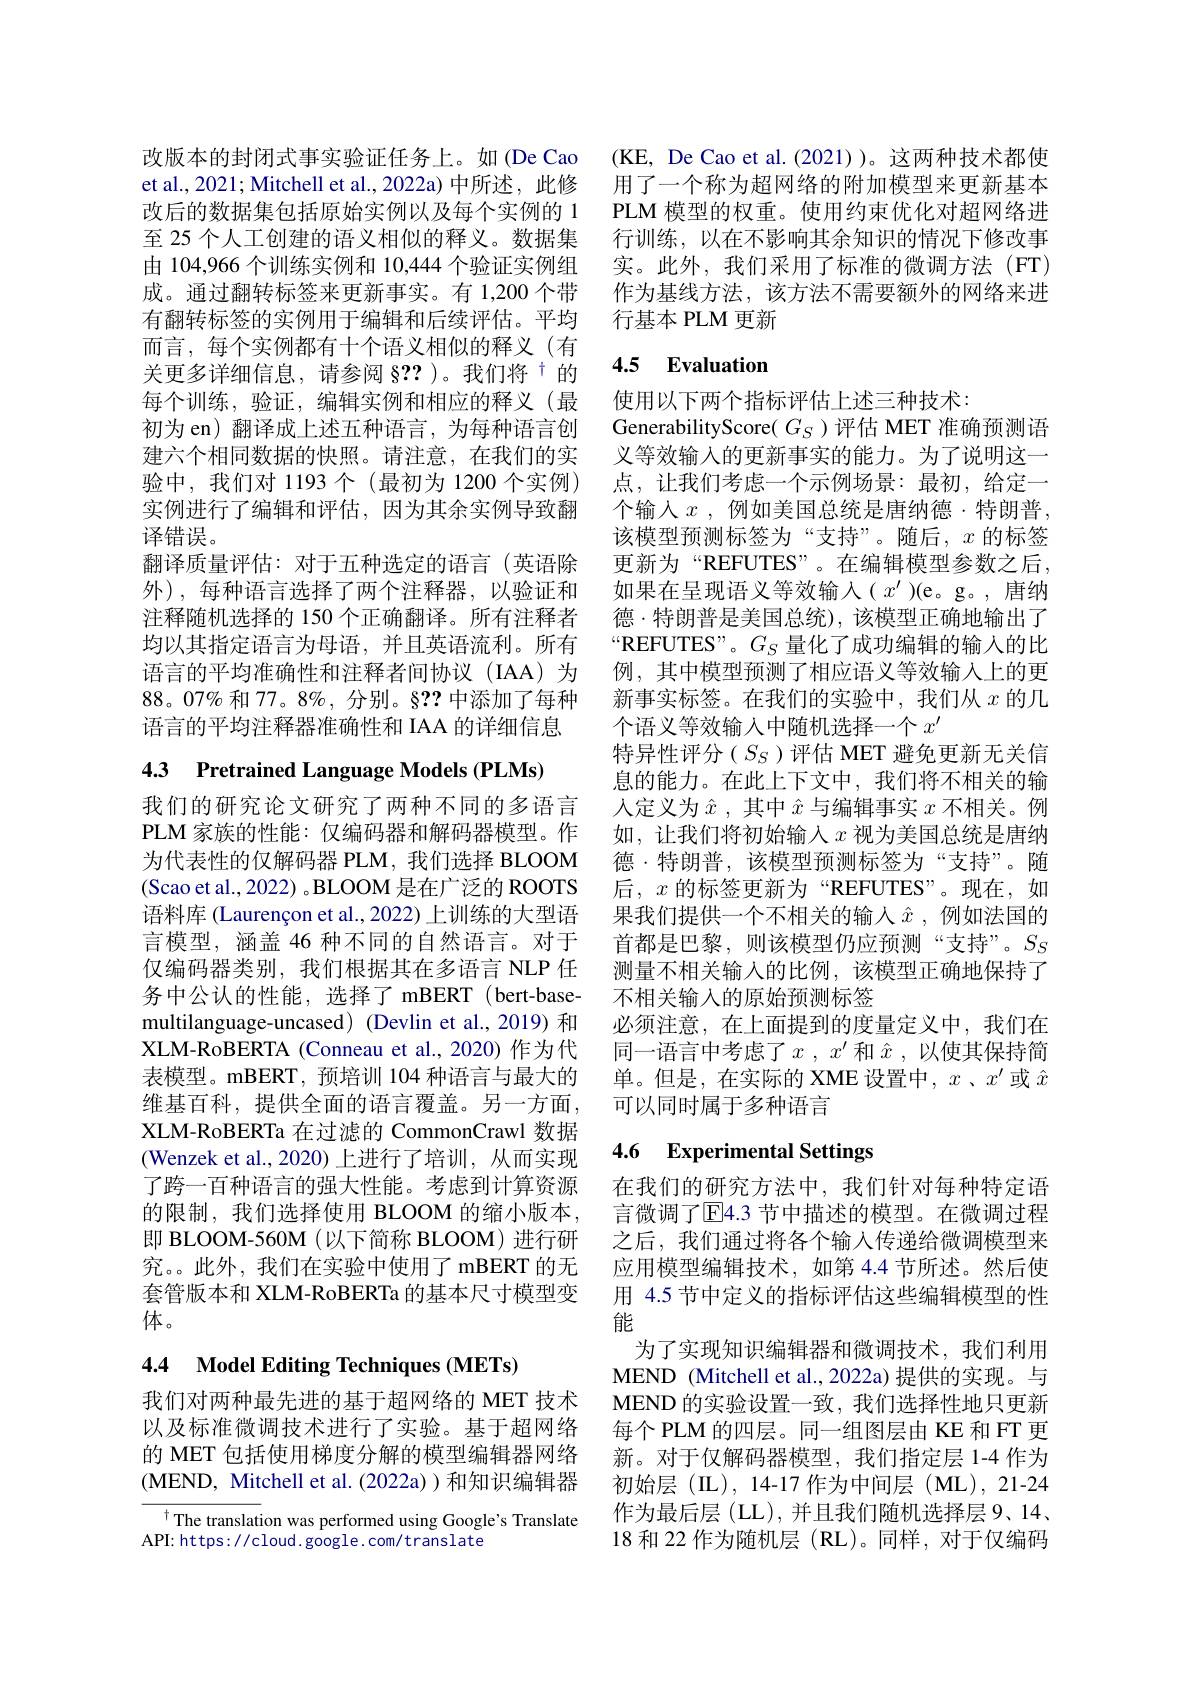
由 104,966 个训练实例和 10,444 个验证实例组成。通过翻转标签来更新事实。有 1,200 个带有翻转标签的实例用于编辑和后续评估。平均而言，每个实例都有十个语义相似的释义(有关更多详细信息，请参阅 §??)。我们将$^{\dagger}$的每个训练，验证，编辑实例和相应的释义(最初为 en) 翻译成上述五种语言，为每种语言创建六个相同数据的快照。请注意，在我们的实验中，我们对 1193个(最初为 1200 个实例) 实例进行了编辑和评估，因为其余实例导致翻译错误。
翻译质量评估：对于五种选定的语言(英语除外),每种语言选择了两个注释器，以验证和注释随机选择的 150 个正确翻译。所有注释者均以其指定语言为母语，并且英语流利。所有语言的平均准确性和注释者间协议(IAA)为$88。07\%$和 77。8%, 分别。§?? 中添加了每种语言的平均注释器准确性和 IAA 的详细信息

4.3 Pretrained Language Models (PLMs)

我们的研究论文研究了两种不同的多语言PLM 家族的性能：仅编码器和解码器模型。作为代表性的仅解码器 PLM, 我们选择 BLOOM (Scao et al., 2022) 。BLOOM 是在广泛的 ROOTS 语料库 (Laurençon et al.,2022) 上训练的大型语言模型，涵盖 46 种不同的自然语言。对于仅编码器类别，我们根据其在多语言 NLP 任务中公认的性能，选择了 mBERT(bert-base-) multilanguage-uncased) (Devlin et al.,2019) 和XLM-RoBERTA (Conneau et al., 2020) 作为代表模型。mBERT,预培训 104 种语言与最大的维基百科，提供全面的语言覆盖。另一方面， XLM-RoBERTa 在过滤的 CommonCrawl 数据(Wenzek et al., 2020) 上进行了培训，从而实现了跨一百种语言的强大性能。考虑到计算资源的限制，我们选择使用 BLOOM 的缩小版本， 即 BLOOM-560M (以下简称 BLOOM) 进行研究。。此外，我们在实验中使用了 mBERT 的无套管版本和 XLM-RoBERTa 的基本尺寸模型变体。

# 4.4 Model Editing Techniques (METs)

我们对两种最先进的基于超网络的 MET 技术以及标准微调技术进行了实验。基于超网络的 MET 包括使用梯度分解的模型编辑器网络( MEND, Mitchell et al. ( 2022a) ) 和 知 识 编 辑 器

${^{\dagger}\text{The translation was performed using Google's Translate}}$
API: https: / / cloud. google. com/ trans late

改版本的封闭式事实验证任务上。如(De Cao (KE, De Cao et al.(2021))。这两种技术都使et al., 2021; Mitchell et al., 2022a) 中所述，此修 用了一个称为超网络的附加模型来更新基本改后的数据集包括原始实例以及每个实例的 1 PLM 模型的权重。使用约束优化对超网络进至 25 个人工创建的语义相似的释义。数据集 行训练，以在不影响其余知识的情况下修改事
实。此外，我们采用了标准的微调方法(FT) 作为基线方法，该方法不需要额外的网络来进行基本 PLM 更新

## 4.5 $\textbf{Evaluation}$

使用以下两个指标评估上述三种技术：
GenerabilityScore( $G_S$ )评估 MET 准确预测语义等效输入的更新事实的能力。为了说明这一点，让我们考虑一个示例场景：最初，给定一个输入 $x$ ,例如美国总统是唐纳德·特朗普， 该模型预测标签为“支持”。随后，$x$的标签更新为“REFUTES”。在编辑模型参数之后， 如果在呈现语义等效输入( $x^{\prime}$ )(e。g。, 唐纳德·特朗普是美国总统),该模型正确地输出了“REFUTES”。$G_S$量化了成功编辑的输入的比例，其中模型预测了相应语义等效输入上的更新事实标签。在我们的实验中，我们从$x$的几个语义等效输入中随机选择一个$x^{\prime}$
特异性评分($S_S$)评估 MET 避免更新无关信息的能力。在此上下文中，我们将不相关的输人定义为$\hat{x}$ ,其中$\hat{x}$与编辑事实$x$不相关。例如，让我们将初始输入$x$ 视为美国总统是唐纳德·特朗普，该模型预测标签为“支持”。随后，$x$的标签更新为“REFUTES”。现在，如果我们提供一个不相关的输入$\hat{x}$ ,例如法国的首都是巴黎，则该模型仍应预测“支持”。$S_S$ 测量不相关输入的比例，该模型正确地保持了不相关输入的原始预测标签
必须注意，在上面提到的度量定义中，我们在同一语言中考虑了$x,x^\prime$ 和 $\hat{x}$,以使其保持简单。但是，在实际的 XME 设置中，$x$、$x^\prime$或$\hat{x}$ 可以同时属于多种语言

# 4.6 Experimental Settings

在我们的研究方法中，我们针对每种特定语言微调了$\overline{\mathrm{E}}$4.3 节中描述的模型。在微调过程之后，我们通过将各个输入传递给微调模型来应用模型编辑技术，如第 4.4 节所述。然后使用 4.5 节中定义的指标评估这些编辑模型的性能
为了实现知识编辑器和微调技术，我们利用MEND (Mitchell et al., 2022a) 提供的实现。与MEND 的实验设置一致，我们选择性地只更新每个 PLM 的四层。同一组图层由 KE 和 FT 更新。对于仅解码器模型，我们指定层 1-4 作为初始层(IL),14-17 作为中间层(ML),21-24作为最后层 (LL), 并且我们随机选择层 9、14、 18 和 22 作为随机层 (RL)。同样，对于仅编码